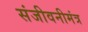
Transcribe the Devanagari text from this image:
संजीवनीमंत्र